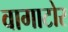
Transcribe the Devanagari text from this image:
वागाटोर